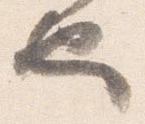
也